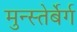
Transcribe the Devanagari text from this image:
मुन्स्तेर्बेर्ग